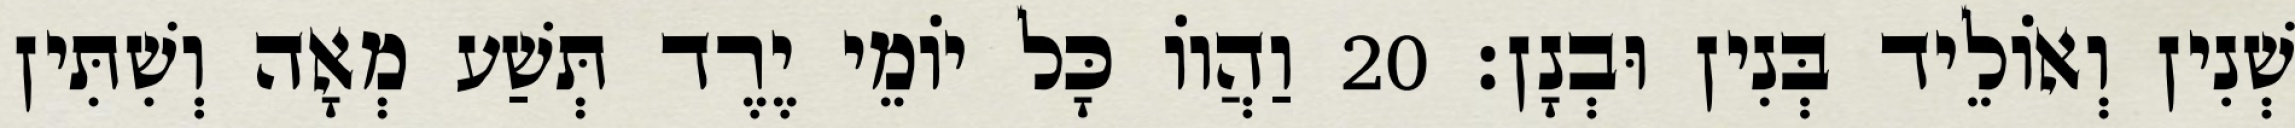
שְׁנִין וְאוֹלֵיד בְּנִין וּבְנָן׃ 20 וַהֲווֹ כָּל יוֹמֵי יֶרֶד תְּשַׁע מְאָה וְשִׁתִּין